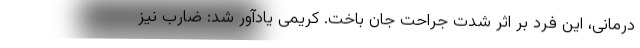
درمانی، این فرد بر اثر شدت جراحت جان باخت. کریمی یادآور شد: ضارب نیز